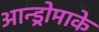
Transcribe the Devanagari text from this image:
आन्ड्रोमाके